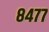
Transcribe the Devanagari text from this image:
८४७७